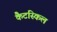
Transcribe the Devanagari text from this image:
कैटस्किल